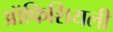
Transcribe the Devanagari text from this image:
ऑफिशियली